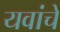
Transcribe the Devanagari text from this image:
यवांचे